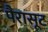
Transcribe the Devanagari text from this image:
पैरासूट